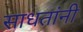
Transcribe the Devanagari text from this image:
साधतांनी